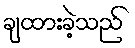
ချထားခဲ့သည်